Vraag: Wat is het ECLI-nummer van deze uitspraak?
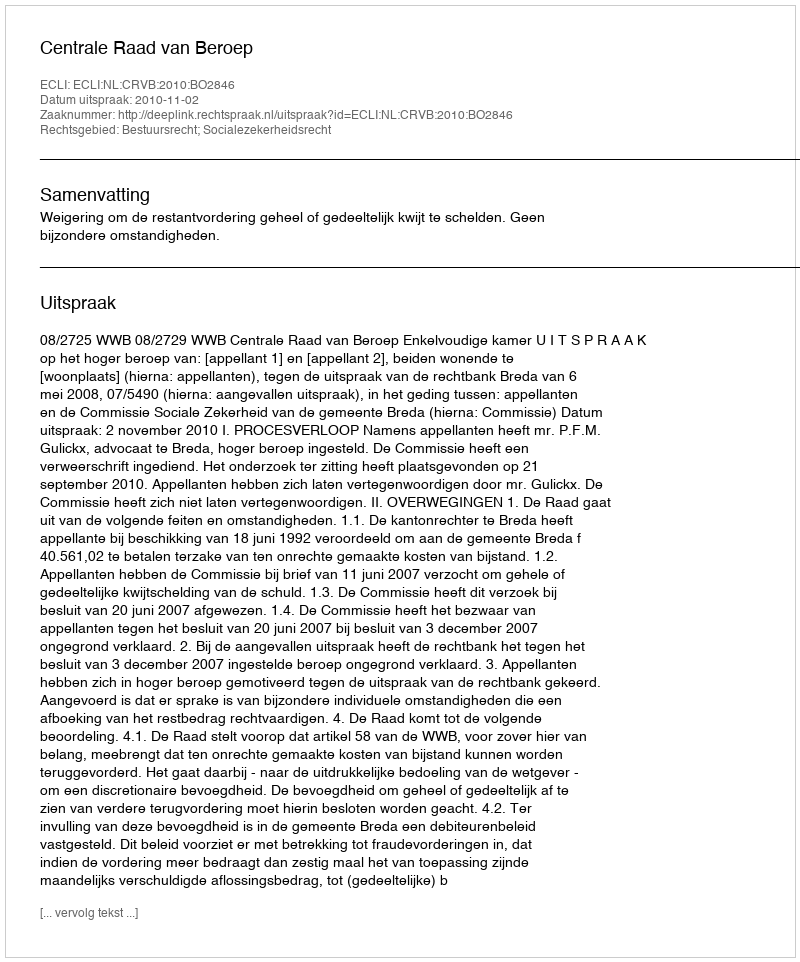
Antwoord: ECLI:NL:CRVB:2010:BO2846